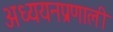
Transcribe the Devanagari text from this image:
अध्ययनप्रणाली